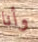
وأنا